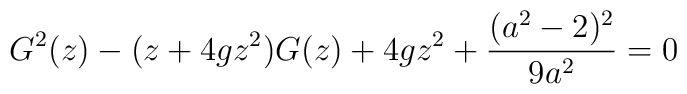
G^{2}(z) - ( z + 4 g z^{2} ) G(z) + 4 gz^{2} + {( a^{2} - 2)^{2}\over     {9 a^{2}}} = 0